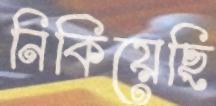
নিকিয়েছি